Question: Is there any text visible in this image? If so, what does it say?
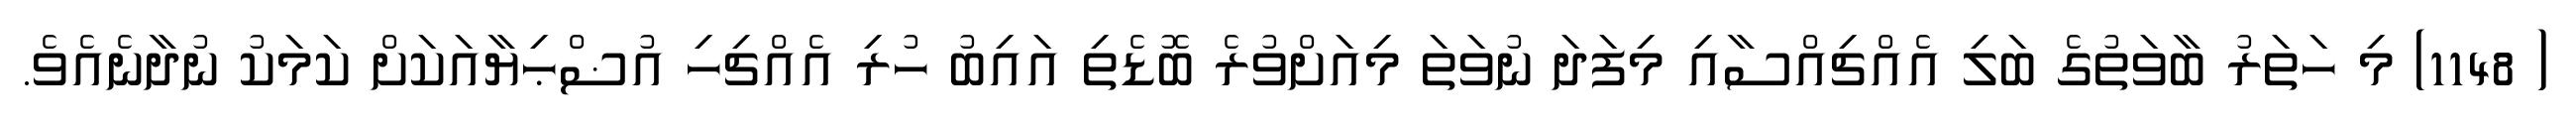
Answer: ( 1148) މި ހަތަރު ބާވަތުގެ ބަލި އެއްޗިއްސާއި މިފަދަ ނުވަތަ މިއަށްވުރެ ބޮޑެތި އައިބު ހުރި އެއްޗިހި އުޟްޙިޔާއަކަށް ކަމަކު ނުދާނެއެވެ.